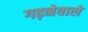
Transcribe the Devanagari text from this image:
गढ़नेवाले